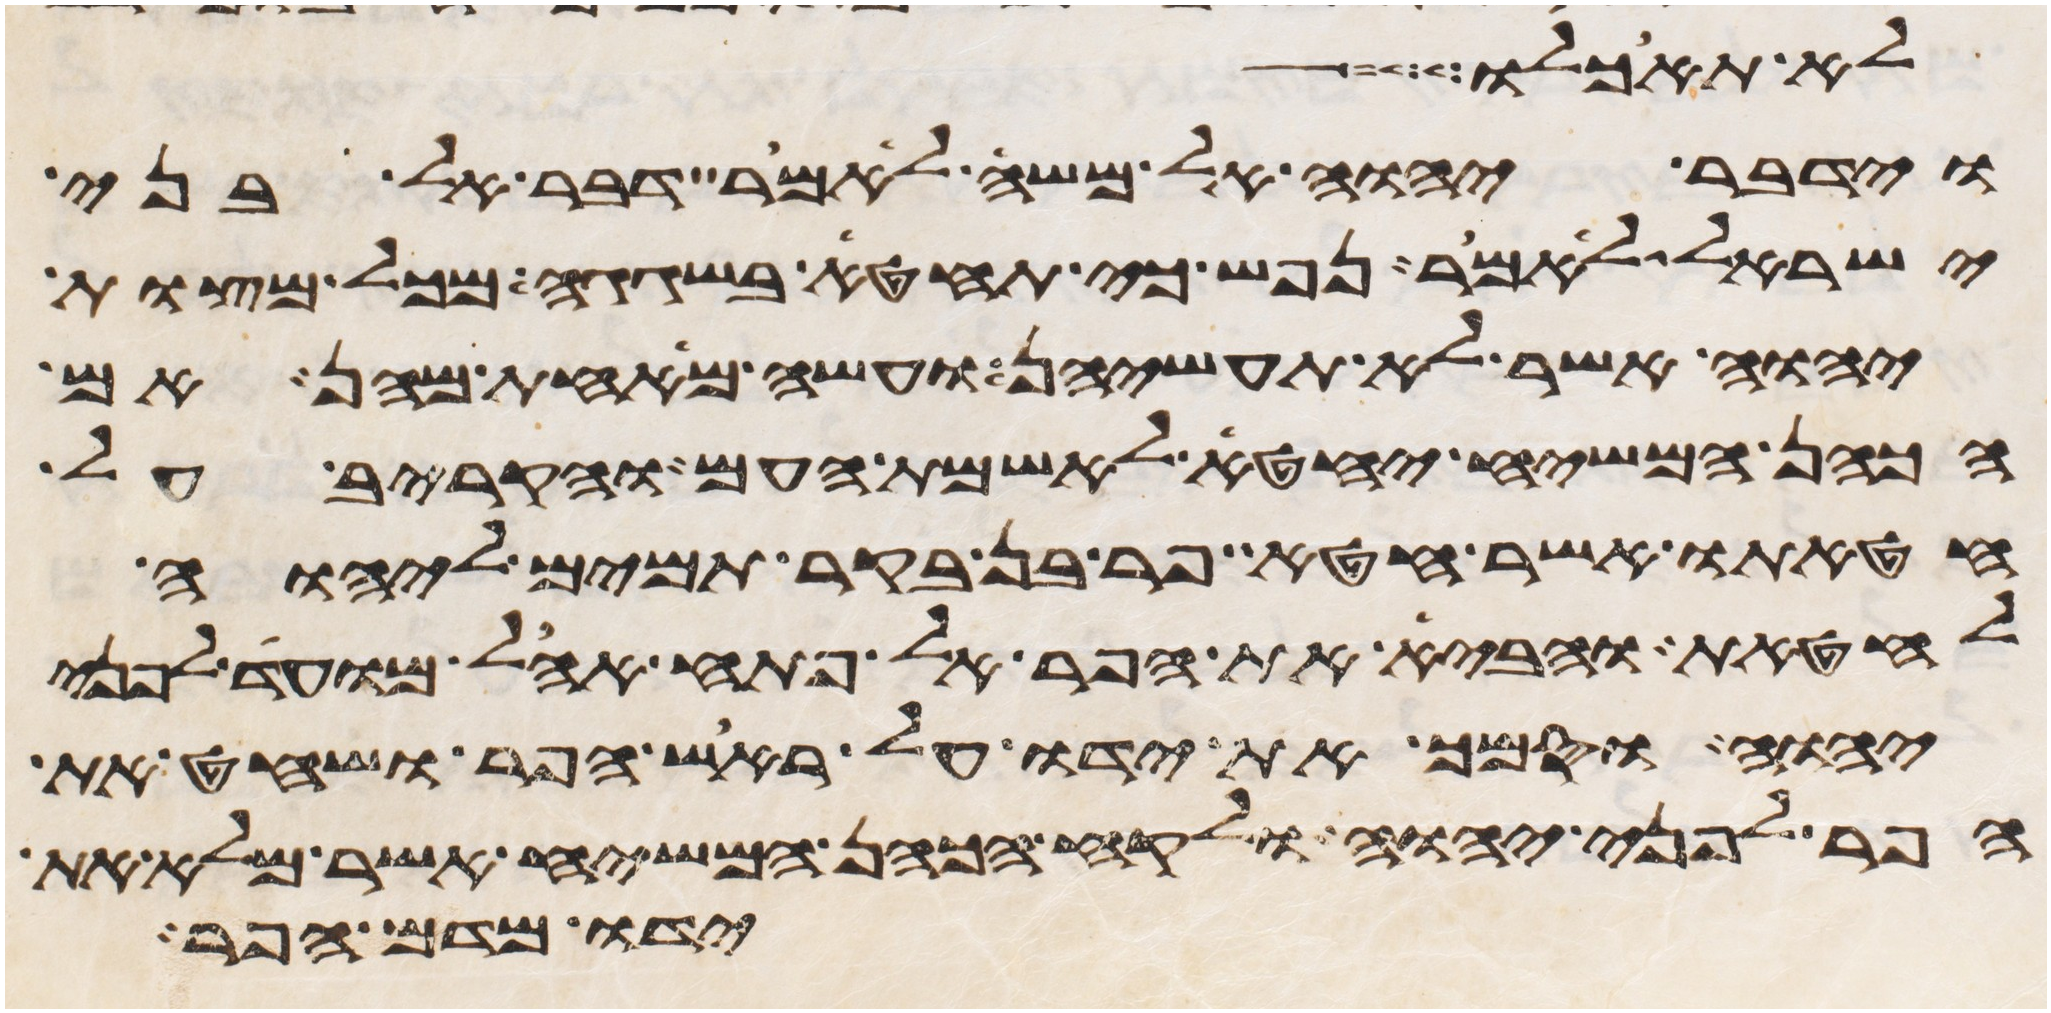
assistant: לא תאכלו
וידבר יהוה אל משה לאמר דבר אל בני
ישראל לאמר נפש כי תחטא בשגגה מכל מצות
יהוה אשר לא תעשיהן ועשה מאחת מהן אם
הכהן המשיח יחטא לאשמת העם והקריב על
חטאתו אשר חטא פר בן בקר תמים ליהוה
לחטאת והביא את הפר אל פתח אהל מועד לפני
יהוה וסמך את ידו על ראש הפר ושחט את
הפר לפני יהוה ולקח הכהן המשיח אשר מלא את
ידו מדם הפר